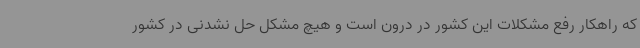
که راهکار رفع مشکلات این کشور در درون است و هیچ مشکل حل نشدنی در کشور